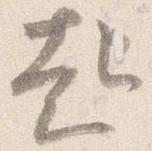
起